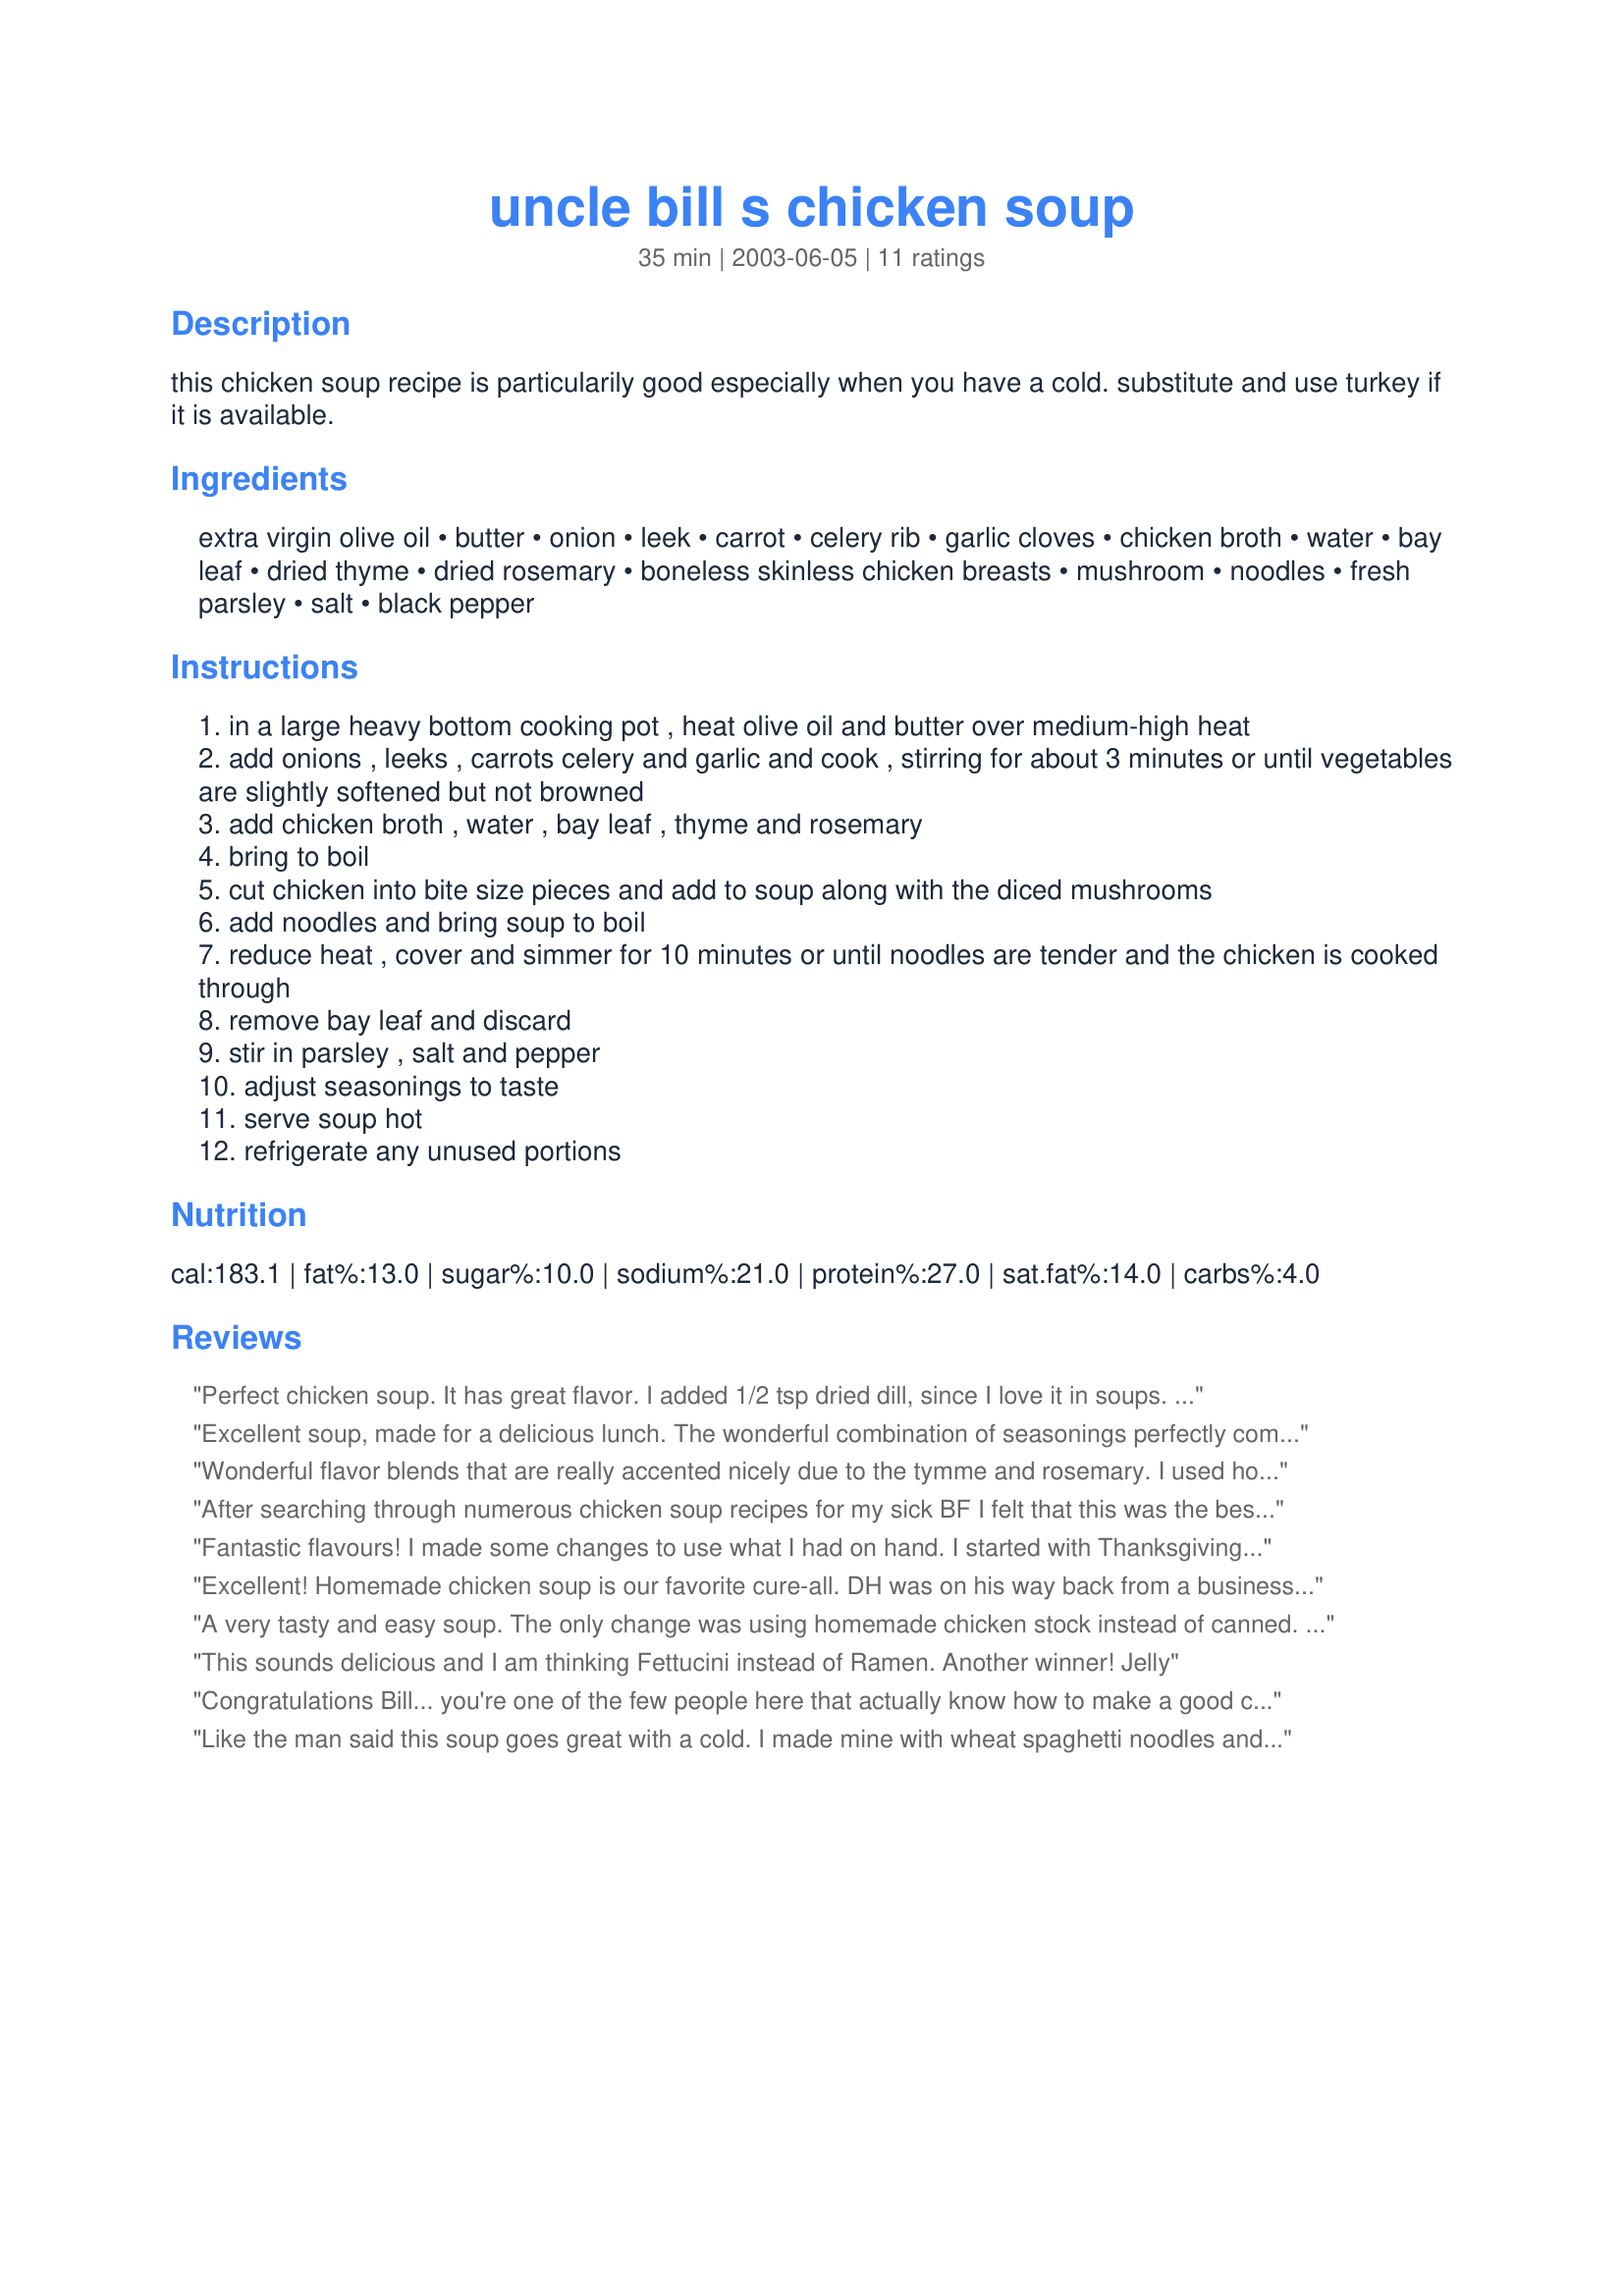
uncle bill s chicken soup
Preparation time: 35 minutes

this chicken soup recipe is particularily good especially when you have a cold.
substitute and use turkey if it is available.

Ingredients:
extra virgin olive oil, butter, onion, leek, carrot, celery rib, garlic cloves, chicken broth, water, bay leaf, dried thyme, dried rosemary, boneless skinless chicken breasts, mushroom, noodles, fresh parsley, salt, black pepper

Steps:
in a large heavy bottom cooking pot , heat olive oil and butter over medium-high heat
add onions , leeks , carrots celery and garlic and cook , stirring for about 3 minutes or until vegetables are slightly softened but not browned
add chicken broth , water , bay leaf , thyme and rosemary
bring to boil
cut chicken into bite size pieces and add to soup along with the diced mushrooms
add noodles and bring soup to boil
reduce heat , cover and simmer for 10 minutes or until noodles are tender and the chicken is cooked through
remove bay leaf and discard
stir in parsley , salt and pepper
adjust seasonings to taste
serve soup hot
refrigerate any unused portions

Reviews:
Perfect chicken soup. It has great flavor. I added 1/2 tsp dried dill, since I love it in soups. Thanks for posting.
Excellent soup, made for a delicious lunch. The wonderful combination of seasonings perfectly complimented the chicken giving the soup that wonderful old fashioned flavor. We love soup and this one is a winner!
Wonderful flavor blends that are really accented nicely due to the tymme and rosemary. I used home made canned turkey. (1 pint). I did omit the mushroom and leek. A nice comfort food for this time of year where there's still a little nip in the air.
Made for Spice of the Month in the French Forum - rosemary~
After searching through numerous chicken soup recipes for my sick BF I felt that this was the best. I made my own noodles and had to add extra water and an extra can of broth because the noodles soaked up the liquid which would not have been a problem if I had followed the recipe. The spices were delicious and my BF said that this was the best chicken soup he has ever had! This will be my chicken noodle soup recipe from now on. Thank you for posting your fantastic recipe.
Fantastic flavours! I made some changes to use what I had on hand. I started with Thanksgiving Turkey bones which I boiled for hours and then picked clean, then proceeded with the recipe. I only used 2 garlic cloves and still thought the garlic was strong but that is my personal taste. I did add dill at the end because I love it and it adds a new dimension of flavour. It was nice to try a new recipe for chicken soup and I will definitely make this again. Thx Uncle Bill!
Excellent! Homemade chicken soup is our favorite cure-all. DH was on his way back from a business meeting after having had a very "unsettled" night probably the result of eating raw oysters. I wanted to try something different without losing the character of the classic version. Adding thyme and rosemary was the magic touch! I made the recipe by cooking bone-in chicken breasts in the water broth mixture with the bay leaf, thyme and rosemary. I removed them, chopped the meat and returned the chicken to the broth. I added the veggies and noodles and finished the soup as directed.
DH just kept saying "oh, this is so good!" After 3 helpings he went to bed as a very happy man. Thank you Uncle Bill for this "magic recipe".
A very tasty and easy soup. The only change was using homemade chicken stock instead of canned. UPDATE: This has become a #1 soup favorite. Everyone who eats it comments how good it tastes. Old-fashioned flavor and comfort at its best.
This sounds delicious and I am thinking Fettucini instead of Ramen. 
Another winner!
Jelly
Congratulations Bill... you're one of the few people here that actually know how to make a good chicken soup! The herbs are particularly important. This could still be improved by using chicken on the bone, browned, and then simmered in water to make your own stock instead of the canned stuff. You will notice a much cleaner flavor.
Like the man said this soup goes great with a cold. I made mine with wheat spaghetti noodles and an all natural broth. I did have to add an additional 3/4 cup of water and 16 oz of both as the mixture was very thick. I omitted the leeks and it was still quite flavorfull. Very easy too!
Excellent. I made with all homemade stock. Very flavorful. My biggest mistake was making it about 20 minutes too early, so the pasta got a little overcooked sitting in hot liquid. Will make again soon & just do it last minute. Thanks Bill.
